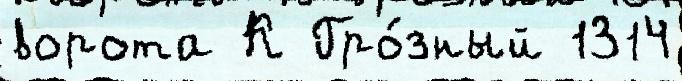
ворота К Гро́зный 1314